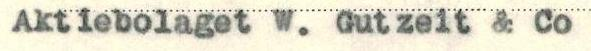
Aktiebolaget W. Gutzeit & Co